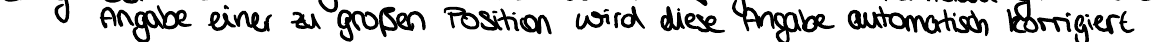
Angabe einer zu großen Position wird diese Angabe automatisch korrigiert